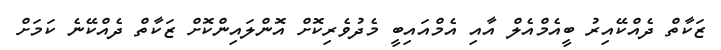
ޒަކާތް ދެއްކޭއިރު ބީއެމްއެލް އާއި އެމްއައިބީ މެދުވެރިކޮށް އޮންލައިންކޮށް ޒަކާތް ދެއްކޭނެ ކަމަށް